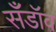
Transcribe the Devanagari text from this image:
सँडॉव